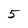
Character: 5